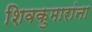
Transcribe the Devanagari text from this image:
शिवकुमारांना